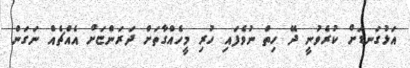
އަޅުގަނޑަށް ކުރެވުނީ ދޭ ހިތް ނުވެފައި ހުރި މީހެއްގާތަށް ދަރަންޏަށް އެއްޗެއް ނަގަން